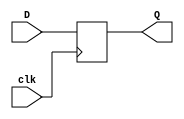
`timescale 1ns/1ps
module TMPREG (
    input clk,
    input [31:0] D,
    output reg[31:0] Q
);
    always @(posedge clk ) begin
        Q <= D;
    end
    
endmodule